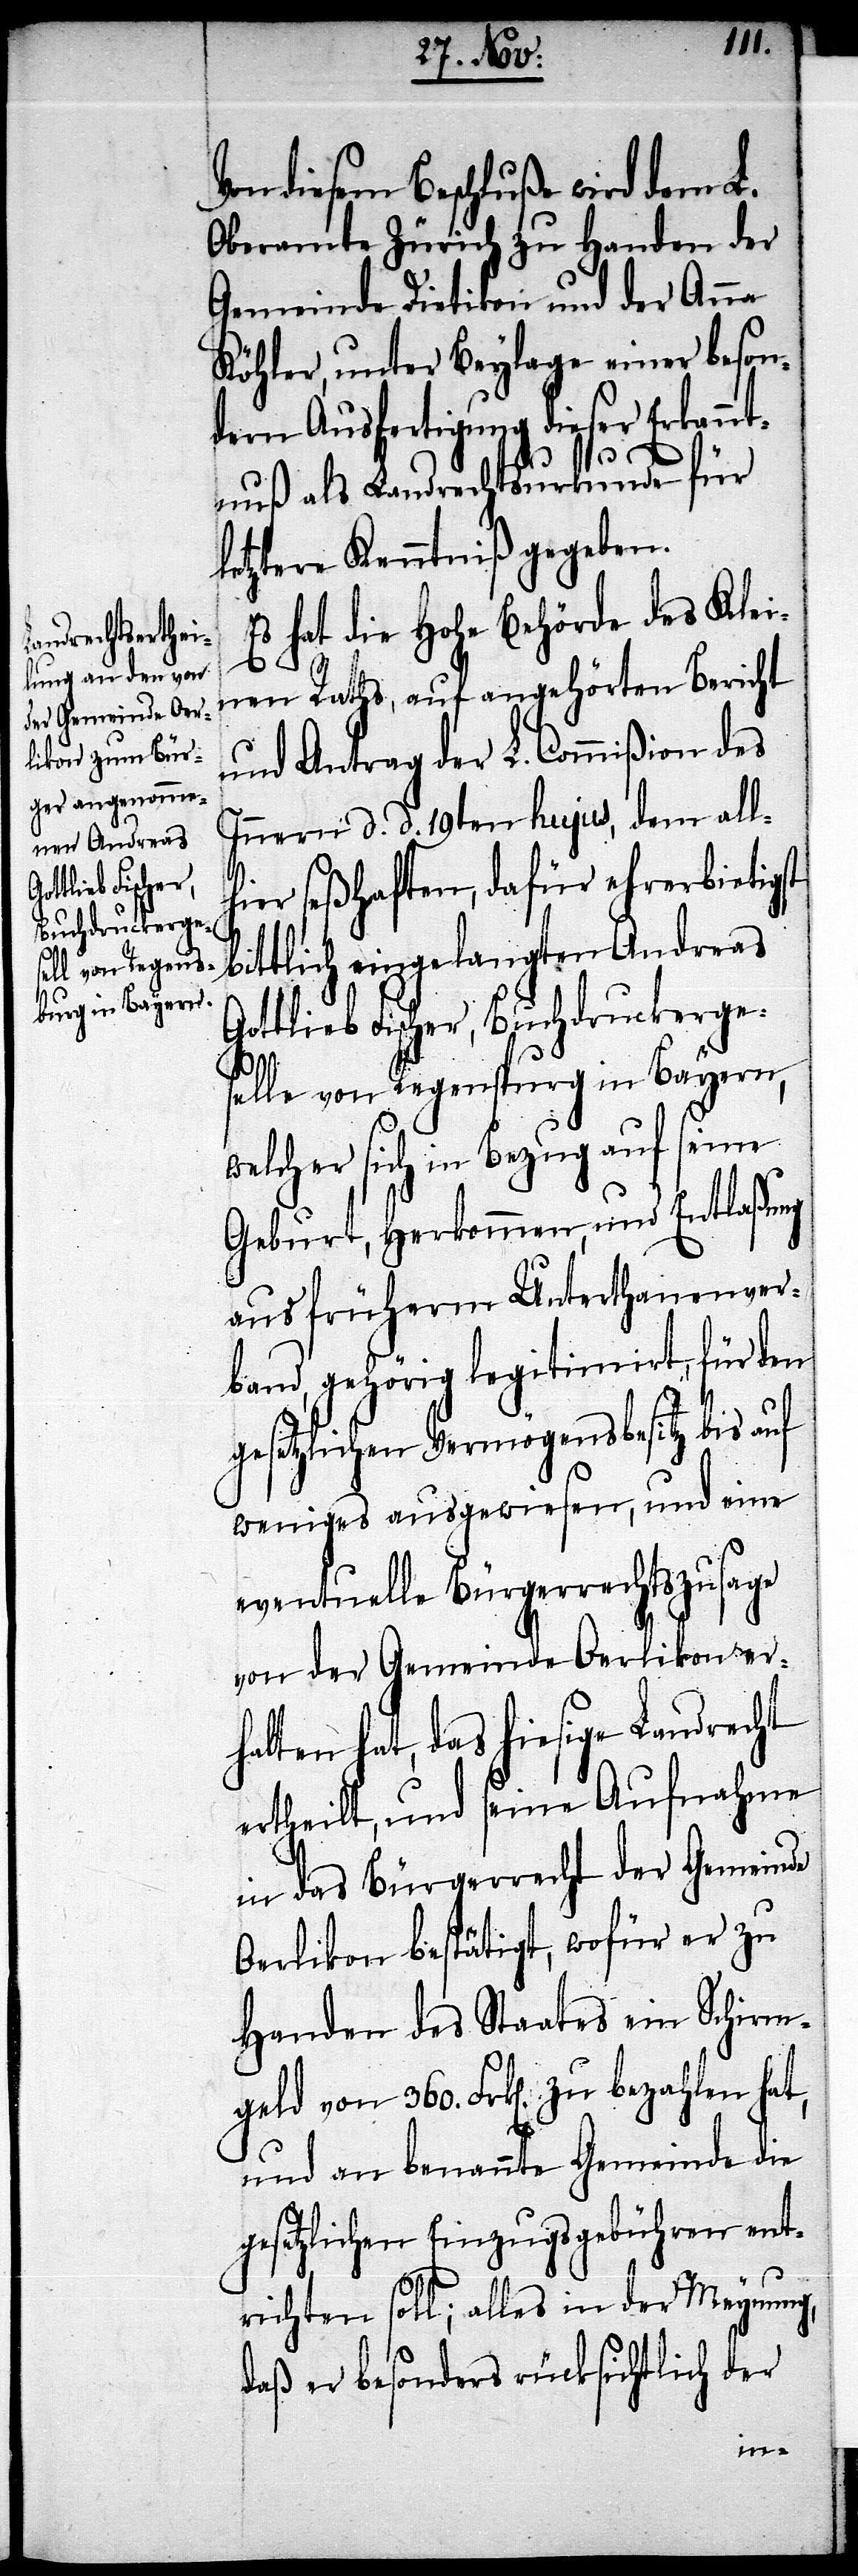
der Gemeinde Oe¬

Von diesem Beschluß wird dem L.
Oberamte Zürich zu Handen der
Gemeinde Dietikon und der Anna
Köhler, unter Beylage einer beson¬
dern Ausfertigung dieser Erkannt¬
h¬
nuß als Landrechtsurkunde für
letztere Kenntniß gegeben.
Es hat die Hohe Behörde des Klei¬
nen Raths, auf angehörten Bericht
und Antrag des L. Commißion des
Innern d. d. 19ten hujus, dem all¬
ier seßhaften, dafür ehrerbietigst
bittlich eingelangten Andreas
Gottlieb Fischer, Buchdruckerge¬
selle von Regenspurg in Bayern,
welcher sich in Bezug auf seine
Geburt, Herkommen und Entlaßung
aus früherm Unterthanenver¬
band, gehörig legitimirt, für den
gesetzlichen Vermögensbesitz bis auf
weniges ausgewiesen, und eine
eventuelle Bürgerrechtszusage
rlikon bestätigt, wofür er zu
Handen des Staates ein Schirm¬
geld von 360. Frk[en]. zu bezahlen hat,
und an benannte Gemeinde die
gesetzlichen Einzugsgebühren ent¬
richten soll; alles in der Meynung
daß er besonders rücksichtlich der